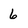
Character: 6